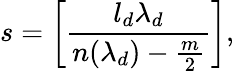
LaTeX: s=\left[\frac{l_{d}\lambda_{d}}{n(\lambda_{d})-\frac{m}{2}}\right],